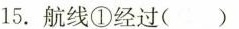
15.航线①经过( )